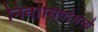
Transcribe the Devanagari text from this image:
निर्वासितांमध्ये